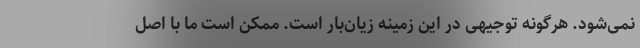
نمی‌شود. هرگونه توجیهی در این زمینه زیان‌بار است. ممکن است ما با اصل